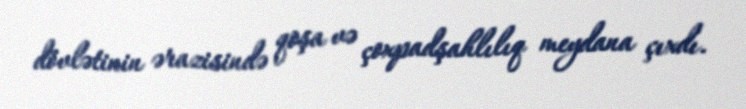
dövlətinin ərazisində qoşa və çoxpadşahlılıq meydana çıxdı.